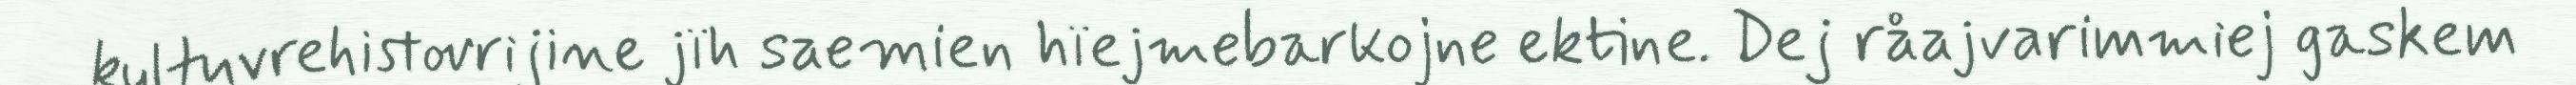
kultuvrehistovrijine jïh saemien hïejmebarkojne ektine. Dej råajvarimmiej gaskem